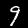
Digit: 9